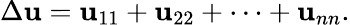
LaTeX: \Delta\mathbf{u}=\mathbf{u}_{11}+\mathbf{u}_{22}+\cdots+\mathbf{u}_{nn}.